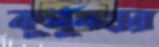
কুসুমহার